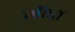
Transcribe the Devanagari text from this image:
गीतों